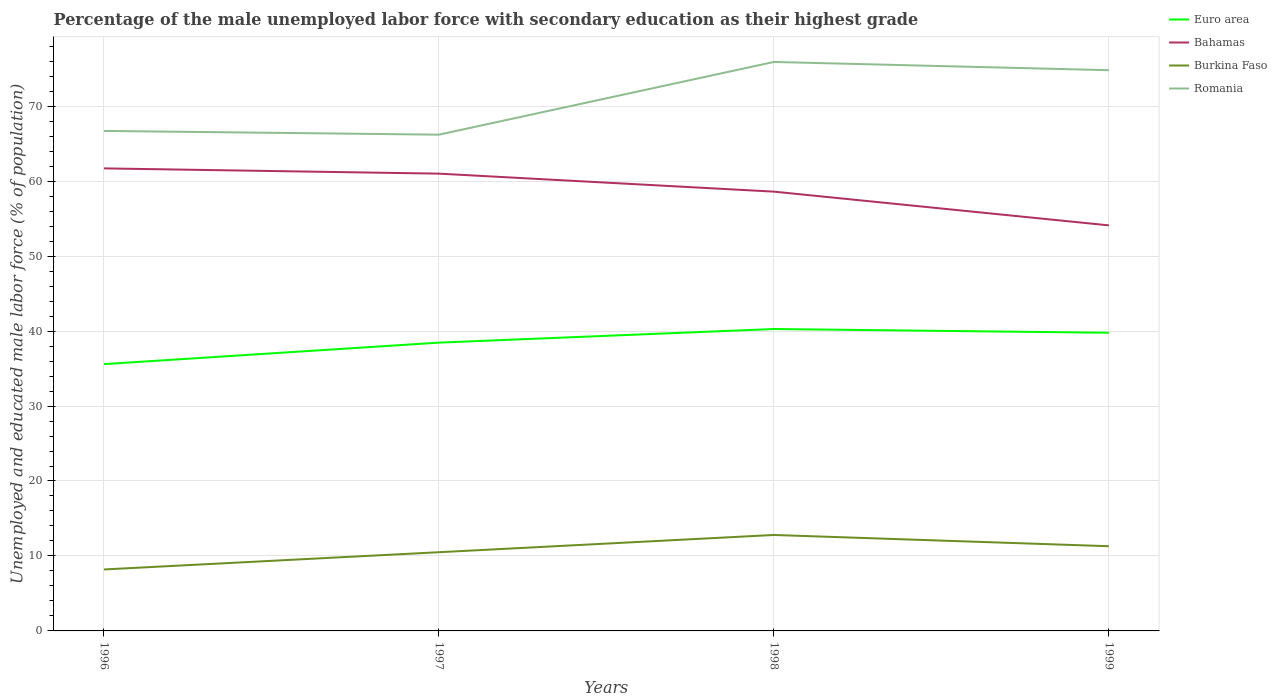
| Years | Euro area | Bahamas | Burkina Faso | Romania |
 | --- | --- | --- | --- | --- |
 | 1996 | 35.6 | 61.7 | 8.2 | 66.7 |
 | 1997 | 38.5 | 61 | 10.5 | 66.2 |
 | 1998 | 40.3 | 58.6 | 12.8 | 75.9 |
 | 1999 | 39.8 | 54.1 | 11.3 | 74.8 |